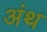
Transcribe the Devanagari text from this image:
अंथ